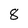
Character: 8